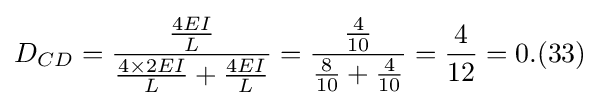
D_{CD}={\frac {\frac {4EI}{L}}{{\frac {4\times 2EI}{L}}+{\frac {4EI}{L}}}}={\frac {\frac {4}{10}}{{\frac {8}{10}}+{\frac {4}{10}}}}={\frac {4}{12}}=0.(33)